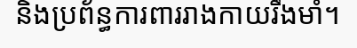
និងប្រព័ន្ធការពាររាងកាយរឹងមាំ។